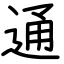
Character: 通